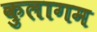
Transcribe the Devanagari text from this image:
कुलागम